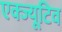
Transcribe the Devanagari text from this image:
एक्ज्यूटिव